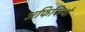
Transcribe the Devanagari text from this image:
अफिफियो